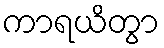
ကာရယိတွာ